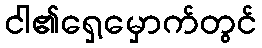
ငါ၏ရှေ့မှောက်တွင်